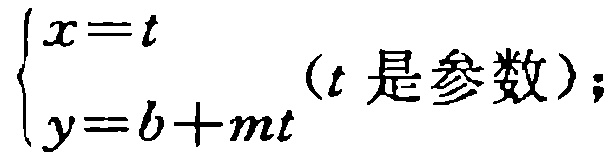
\(\begin{cases}
x=t \\
y = b + mt
\end{cases}\)（\(t\)是参数）；